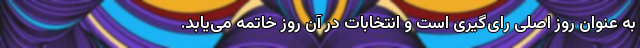
به عنوان روز اصلی رای‌گیری است و انتخابات در آن روز خاتمه می‌یابد.